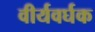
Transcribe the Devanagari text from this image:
वीर्यवर्घक